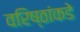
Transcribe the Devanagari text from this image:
वरिष्ठांकडे